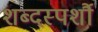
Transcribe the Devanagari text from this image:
शब्दस्पर्शौ